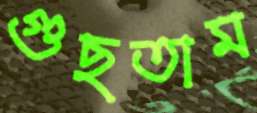
গুছতাম